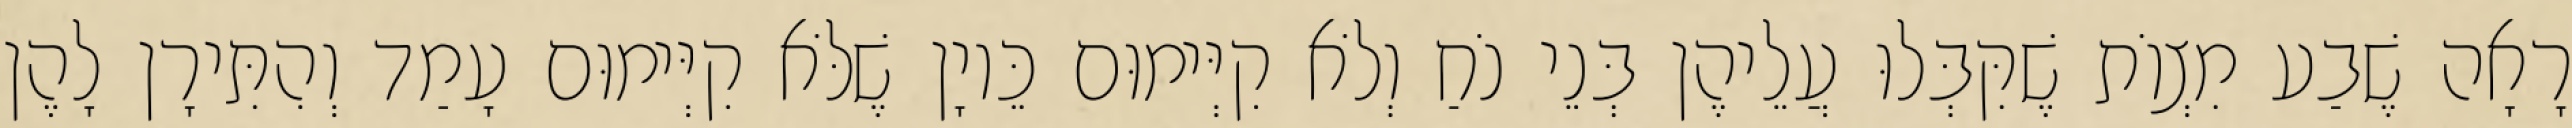
רָאָה שֶׁבַע מִצְוֹת שֶׁקִּבְּלוּ עֲלֵיהֶן בְּנֵי נֹחַ וְלֹא קִיְּימוּם כֵּיוָן שֶׁלֹּא קִיְּימוּם עָמַד וְהִתִּירָן לָהֶן